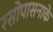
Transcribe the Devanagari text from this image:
रसोपासनाके